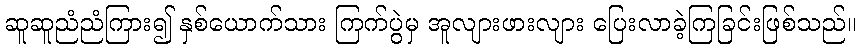
ဆူဆူညံညံကြား၍ နှစ်ယောက်သား ကြက်ပွဲမှ အူလျားဖားလျား ပြေးလာခဲ့ကြခြင်းဖြစ်သည်။